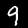
Digit: 9